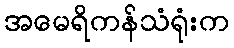
အမေရိကန်သံရုံးက